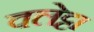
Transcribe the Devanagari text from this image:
वलेट्टा